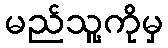
မည်သူ့ကိုမှ